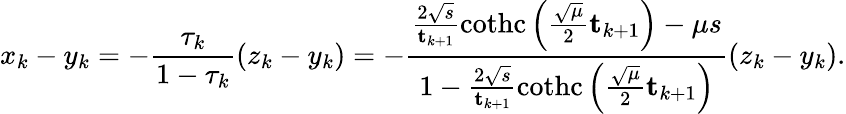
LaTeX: x_{k}-y_{k}=-\frac{\tau_{k}}{1-\tau_{k}}\left(z_{k}-y_{k}\right)=-\frac{\frac{2\sqrt{s}}{\mathbf{t}_{k+1}}\operatorname{cothc}\left(\frac{\sqrt{\mu}}{2}\mathbf{t}_{k+1}\right)-\mu s}{1-\frac{2\sqrt{s}}{\mathbf{t}_{k+1}}\operatorname{cothc}\left(\frac{\sqrt{\mu}}{2}\mathbf{t}_{k+1}\right)}\left(z_{k}-y_{k}\right).